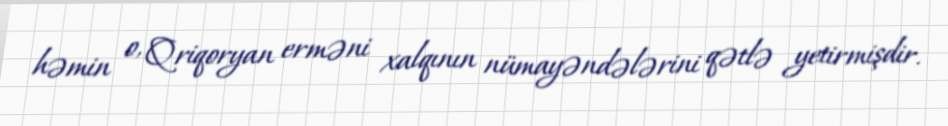
həmin o, Qriqoryan erməni xalqının nümayəndələrini qətlə yetirmişdir.